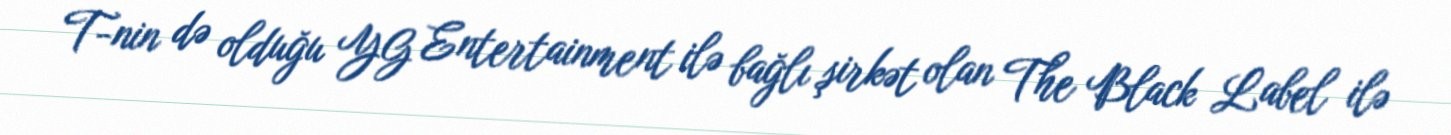
T-nin də olduğu YG Entertainment ilə bağlı şirkət olan The Black Label ilə